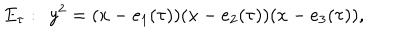
E _ { \tau } : \: \: y ^ { 2 } = ( x - e _ { 1 } ( \tau ) ) ( x - e _ { 2 } ( \tau ) ) ( x - e _ { 3 } ( \tau ) ) ,